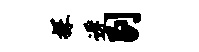
探迟剔